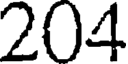
204